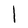
Character: l